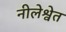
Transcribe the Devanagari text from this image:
नीलेश्वेत